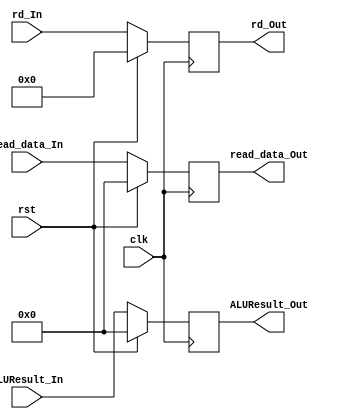
module MEM_WB_Register(
 output reg [31:0] read_data_Out,
 output reg [4:0] rd_Out,
 output reg [31:0] ALUResult_Out,
 input clk,
 input rst,
 input [31:0] read_data_In,
 input [4:0] rd_In,
 input [31:0] ALUResult_In
);

always@(posedge clk) begin
if(rst==1) begin
 read_data_Out <= 0;
 rd_Out <= 0;
 ALUResult_Out <= 0;
end

else begin
 read_data_Out <= read_data_In;
 rd_Out <= rd_In;
 ALUResult_Out <= ALUResult_In;
end

end
endmodule